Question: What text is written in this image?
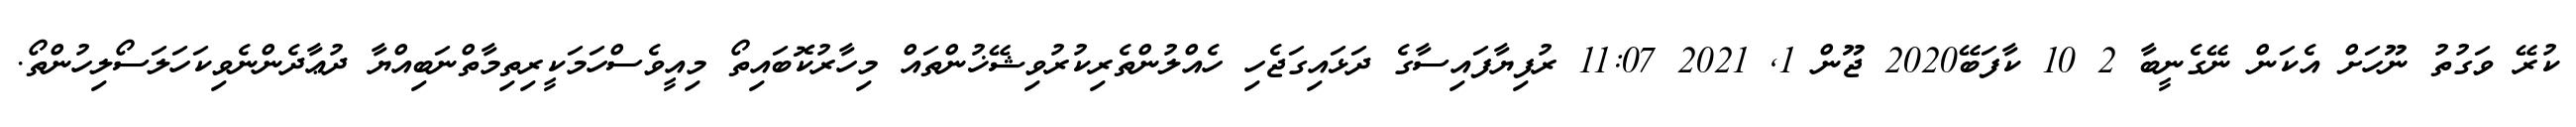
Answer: ކުރޭ ވަގުތު ނޫހަށް އެކަން ނޭގެނީބާ 2 10 ކާފަބޭ2020 ޖޫން 1, 2021 11:07 ރުފިޔާފައިސާގެ ދަޅައިގަޖެހި ހެއްލުންތެރިކުރުވިޝޭޚުންތައް މިހާރުކޮބައިތޯ މިއީވެސްހަމަކީރިތިމާތްނަބިއްޔާ ދުޢާދެންނެވިކަހަލަސޯލިހުންތޯ.